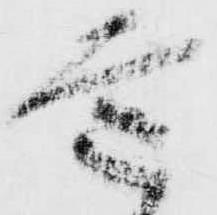
意